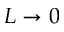
L \rightarrow 0